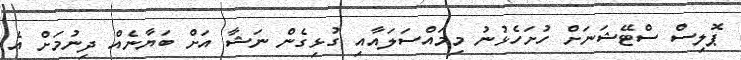
ޕޮލިސް ސްޓޭޝަނަށް ހުށަހެޅުނު މިމައްސަލައާއި ގުޅިގެން ނަޝާ އަށް ބަޔާނެއް ދިނުމަށް އެ